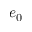
e _ { 0 }